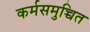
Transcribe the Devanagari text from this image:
कर्मसमुच्चित